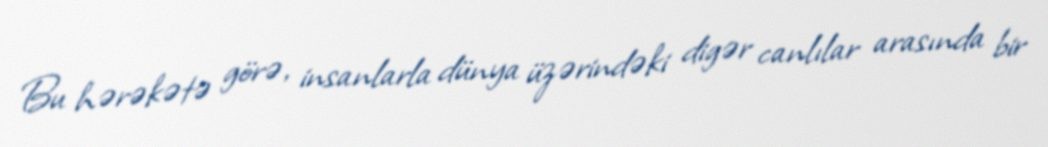
Bu hərəkətə görə, insanlarla dünya üzərindəki digər canlılar arasında bir